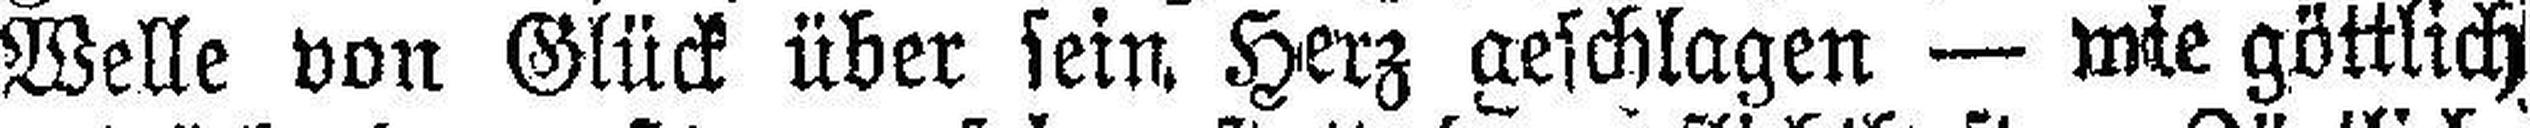
Welle von Glück über sein Herz geschlagen — wie göttlich